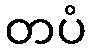
တပံ